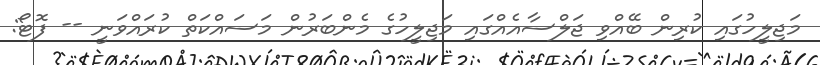
މަޖިލީހުގައި ކުރިން ބޭއްވި ޖަލްސާއެއްގައި މަޖިލީހުގެ މެންބަރުން މަސައްކަތް ކުރައްވަނީ -- ފޮޓޯ: